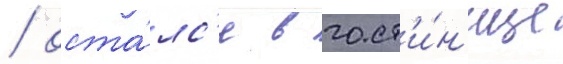
/ оста́лс'я в гост'и́н'ице